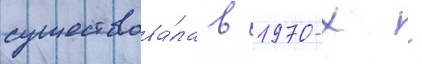
существова́ла в 1970-х -